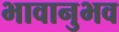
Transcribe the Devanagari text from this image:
भावानुभव